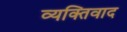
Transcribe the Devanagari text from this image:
व्‍यक्तिवाद